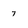
Character: 7